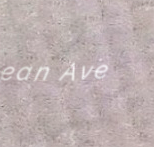
Ocean Ave